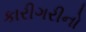
કારીગરીનો